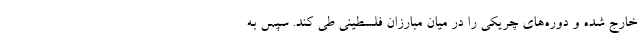
خارج شده و دوره‌های چریکی را در میان مبارزان فلسطینی طی کند. سپس به